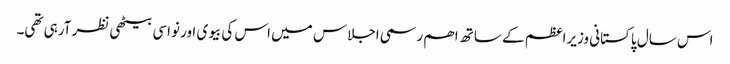
اس سال پاکستانی وزیراعظم کے ساتھ اھم رسمی اجلاس میں اس کی بیوی اور نواسی بیٹھی نظر آرہی تھی۔